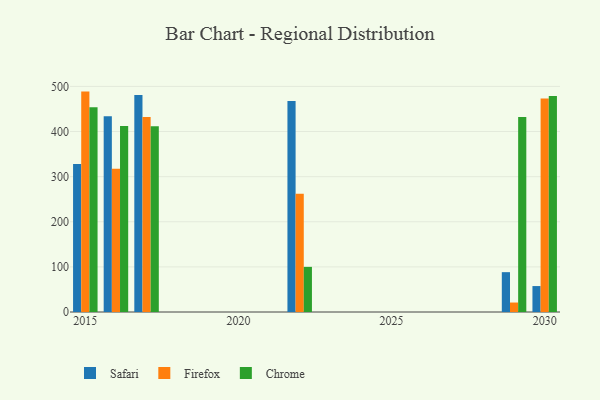
{"axis": {"x": "Year", "y": "Tickets Resolved"}, "legend": ["Chrome", "Firefox", "Safari"], "data": [{"x": "2016", "y": 433.7, "type": "Safari"}, {"x": "2016", "y": 317.5, "type": "Firefox"}, {"x": "2016", "y": 412.5, "type": "Chrome"}, {"x": "2017", "y": 481.2, "type": "Safari"}, {"x": "2017", "y": 432.3, "type": "Firefox"}, {"x": "2017", "y": 411.5, "type": "Chrome"}, {"x": "2029", "y": 88.3, "type": "Safari"}, {"x": "2029", "y": 21.0, "type": "Firefox"}, {"x": "2029", "y": 432.0, "type": "Chrome"}, {"x": "2030", "y": 57.5, "type": "Safari"}, {"x": "2030", "y": 473.1, "type": "Firefox"}, {"x": "2030", "y": 478.6, "type": "Chrome"}, {"x": "2022", "y": 467.4, "type": "Safari"}, {"x": "2022", "y": 262.2, "type": "Firefox"}, {"x": "2022", "y": 100.0, "type": "Chrome"}, {"x": "2015", "y": 327.9, "type": "Safari"}, {"x": "2015", "y": 488.5, "type": "Firefox"}, {"x": "2015", "y": 453.8, "type": "Chrome"}]}